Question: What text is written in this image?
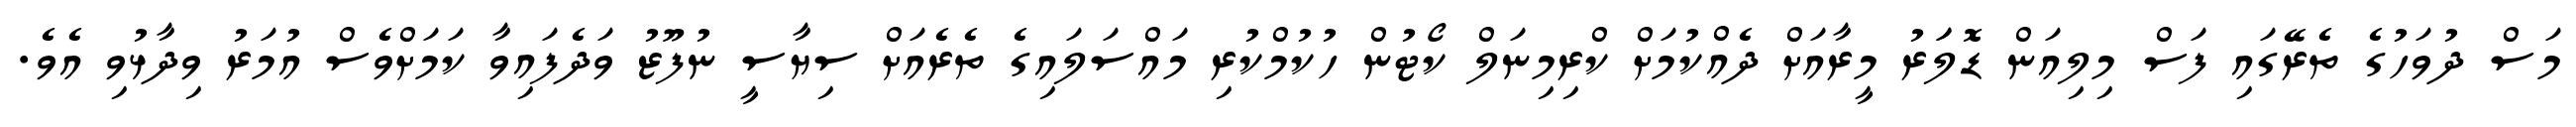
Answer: މަސް ދުވަހުގެ ތެރޭގައި ފަސް މިލިއަން ޑޮލަަރު މީރާއަށް ދެއްކުމަށް ކްރިމިނަލް ކޯޓުން ހުކުމްކުރި މައްސަލައިގެ ތެރެއަށް ސިޔާސީ ނުފޫޒު ވަދެފައިވާ ކަމަށްވެސް އުމަރު ވިދާޅުވި އެވެ.